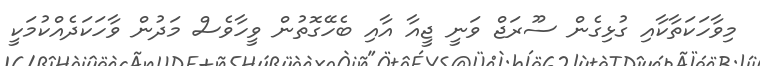
މިވާހަކަތާކާއި ގުޅިގެން ސޫރަޖް ވަނީ ޖީއާ އާއި ބެހޭގޮތުން ވީހާވެސް މަދުން ވާހަކަދެއްކުމަކީ